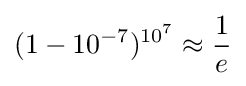
(1-10^{-7})^{10^{7}}\approx {\frac {1}{e}}